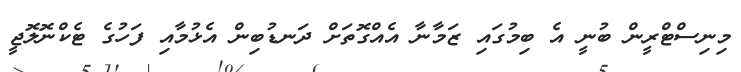
މިނިސްޓްރީން ބުނީ އެ ބިމުގައި ޒަމާނާ އެއްގޮތަށް ދަނޑުބިން އެޅުމާއި ފަހުގެ ޓެކްނޮލޮޖީ